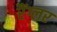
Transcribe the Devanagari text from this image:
रैंग्लर